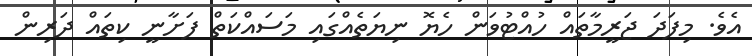
އެވެ. މިފަދަ ޖަރީމާތައް ހުއްޓުވަން ހެޔޮ ނިޔަތެއްގައި މަސައްކަތް ފަށާނީ ކިތައް ދަރިން